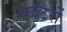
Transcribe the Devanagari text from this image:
कॉटरों